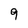
Character: 9